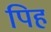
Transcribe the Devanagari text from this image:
पिह